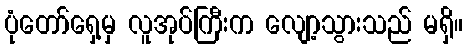
ပုံတော်ရှေ့မှ လူအုပ်ကြီးက လျော့သွားသည် မရှိ။